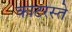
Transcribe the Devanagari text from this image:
काटरस्ते